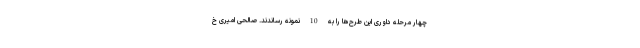
چهار مرحله داوری این طرح‌ها را به 10 نمونه رساندند. صالحی امیری خ